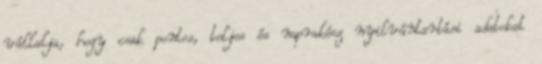
vállalja, hogy csak pontos, teljes és naprakész nyilvántartási adatokat